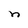
Character: n